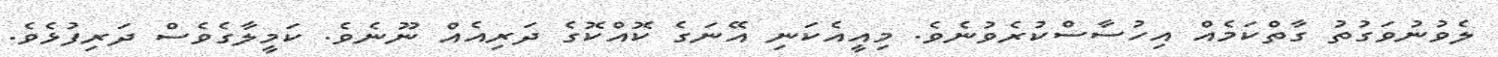
ލެވުނުވަގުތު ގާތްކަމެއް އިހުސާސްކުރެވުނެވެ. މިއީއެކަނި އޭނަގެ ކޮއްކޮގެ ދަރިއެއް ނޫނެވެ. ކަމީލާގެވެސް ދަރިފުޅެވެ.